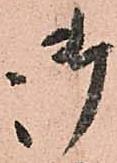
御